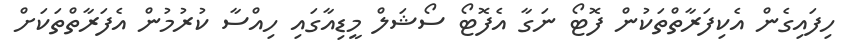
ހިފައިގެން އެކިފަރާތްތަކުން ފޮޓޯ ނަގާ އެފޮޓޯ ސޯޝަލް މީޑިއާގައި ހިއްސާ ކުރުމުން އެފަރާތްތަކަށް